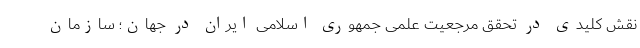
نقش کلیدی در تحقق مرجعیت علمی جمهوری اسلامی ایران در جهان؛ سازمان